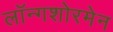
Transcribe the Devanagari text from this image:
लॉन्गशोरमेन